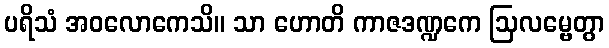
ပရိသံ အဝလောကေသိ။ သာ ဟောတိ ကာဇဒဏ္ဍကေ ဩလမ္ဗေတွာ